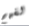
لفهم